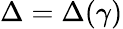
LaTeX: \Delta=\Delta(\gamma)